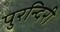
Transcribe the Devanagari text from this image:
पुरन्दिरी